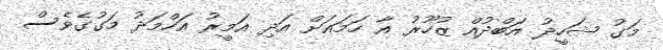
މަގު ޝަހީދު އަބްދުއް ޒުހޫރު އާ ހަމައަށް އަދި އަމީރު އަހްމަދު މަގުގެވެސް